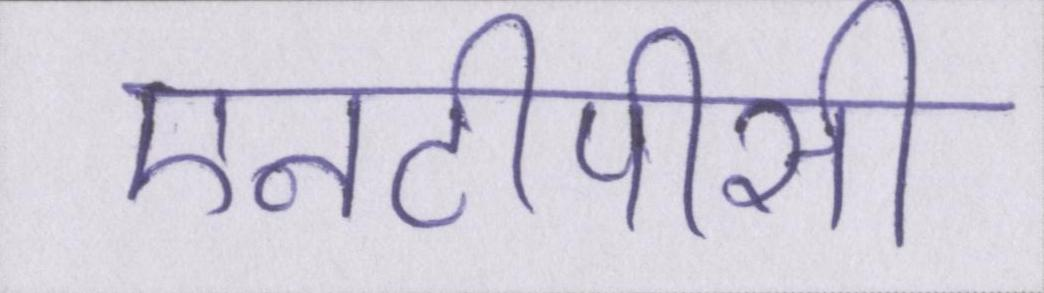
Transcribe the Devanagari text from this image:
एनटीपीसी